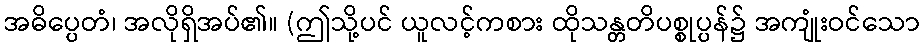
အဓိပ္ပေတံ၊ အလိုရှိအပ်၏။ (ဤသို့ပင် ယူလင့်ကစား ထိုသန္တတိပစ္စုပ္ပန်၌ အကျုံးဝင်သော